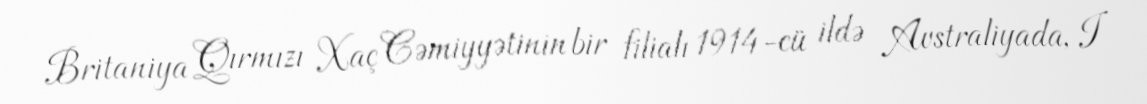
Britaniya Qırmızı Xaç Cəmiyyətinin bir filialı 1914-cü ildə Avstraliyada, I